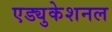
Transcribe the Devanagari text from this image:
एड्युकेशनल